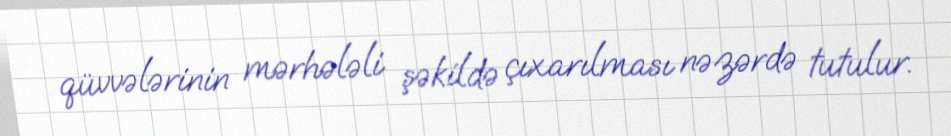
qüvvələrinin mərhələli şəkildə çıxarılması nəzərdə tutulur.